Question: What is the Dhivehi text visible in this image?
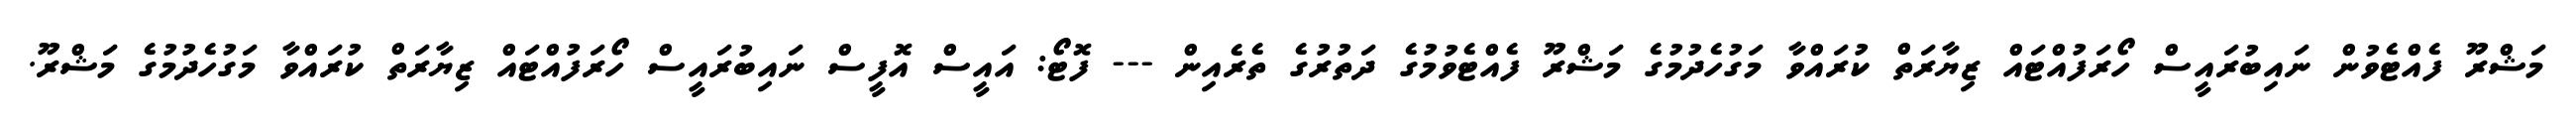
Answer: މަޝްރޫ ފެއްޓެވުން ނައިބުރައީސް ހޯރަފުއްޓައް ޒިޔާރަތް ކުރައްވާ މަގުހެދުމުގެ މަޝްރޫ ފެއްޓެވުމުގެ ދަތުރުގެ ތެރެއިން --- ފޮޓޯ: އައީސް އޮފީސް ނައިބުރައީސް ހޯރަފުއްޓައް ޒިޔާރަތް ކުރައްވާ މަގުހެދުމުގެ މަޝްރޫ.